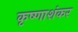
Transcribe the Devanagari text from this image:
कृष्णाशंकर